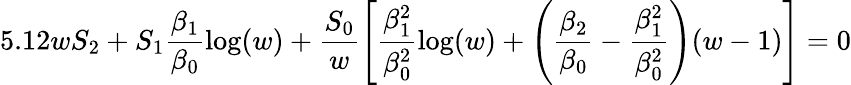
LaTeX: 5.12wS_{2}+S_{1}\frac{\beta_{1}}{\beta_{0}}\log(w)+\frac{S_{0}}{w}\left[\frac{\beta_{1}^{2}}{\beta_{0}^{2}}\log(w)+\left(\frac{\beta_{2}}{\beta_{0}}-\frac{\beta_{1}^{2}}{\beta_{0}^{2}}\right)(w-1)\right]=0